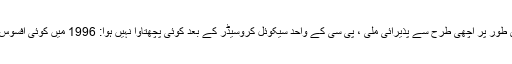
تنقیدی طور پر اچھی طرح سے پذیرائی ملی ، پی سی کے واحد سیکوئل کروسیڈر کے بعد کوئی پچھتاوا نہیں ہوا: 1996 میں کوئی افسوس نہیں۔